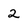
Character: 2